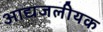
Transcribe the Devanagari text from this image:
आद्यजलीयक